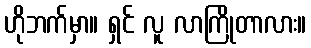
ဟိုဘက်မှာ။ ရှင် လူ လာကြိုတာလား။